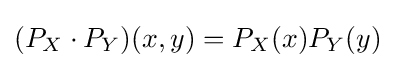
(P_{X}\cdot P_{Y})(x,y)=P_{X}(x)P_{Y}(y)